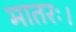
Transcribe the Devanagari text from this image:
मातरः।